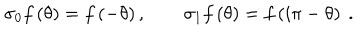
\sigma _ { 0 } f \left( \theta \right) = f \left( - \theta \right) , \qquad \sigma _ { 1 } f \left( \theta \right) = f \left( i \pi - \theta \right) ~ .